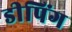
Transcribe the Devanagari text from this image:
डीपिंग